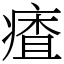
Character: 㾴